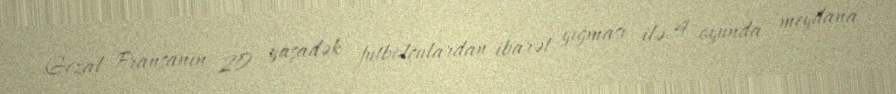
Gezal Fransanın 20 yaşadək futbolçulardan ibarət yığması ilə 4 oyunda meydana